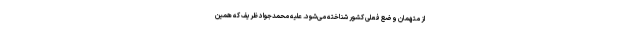
از متهمان وضع فعلی کشور شناخته می‌شود. علیه محمدجواد ظریف که همین